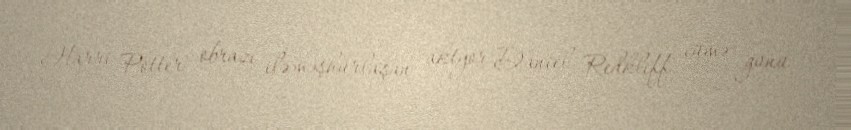
Harri Potter" obrazı ilə məşhurlaşan aktyor Daniel Redkliff cümə günü